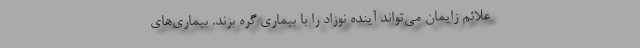
علائم زایمان می‌تواند آینده نوزاد را با بیماری گره بزند. بیماری‌های